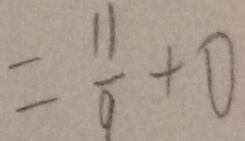
= \frac { 1 1 } { 9 } + 0